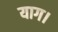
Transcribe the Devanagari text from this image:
याग।